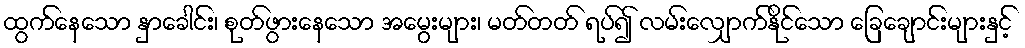
ထွက်နေသော နှာခေါင်း၊ စုတ်ဖွားနေသော အမွေးများ၊ မတ်တတ် ရပ်၍ လမ်းလျှောက်နိုင်သော ခြေချောင်းများနှင့်